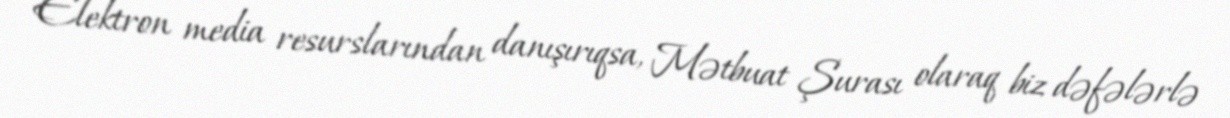
Elektron media resurslarından danışırıqsa, Mətbuat Şurası olaraq biz dəfələrlə